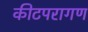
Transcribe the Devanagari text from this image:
कीटपरागण